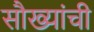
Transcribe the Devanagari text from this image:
सौख्यांची